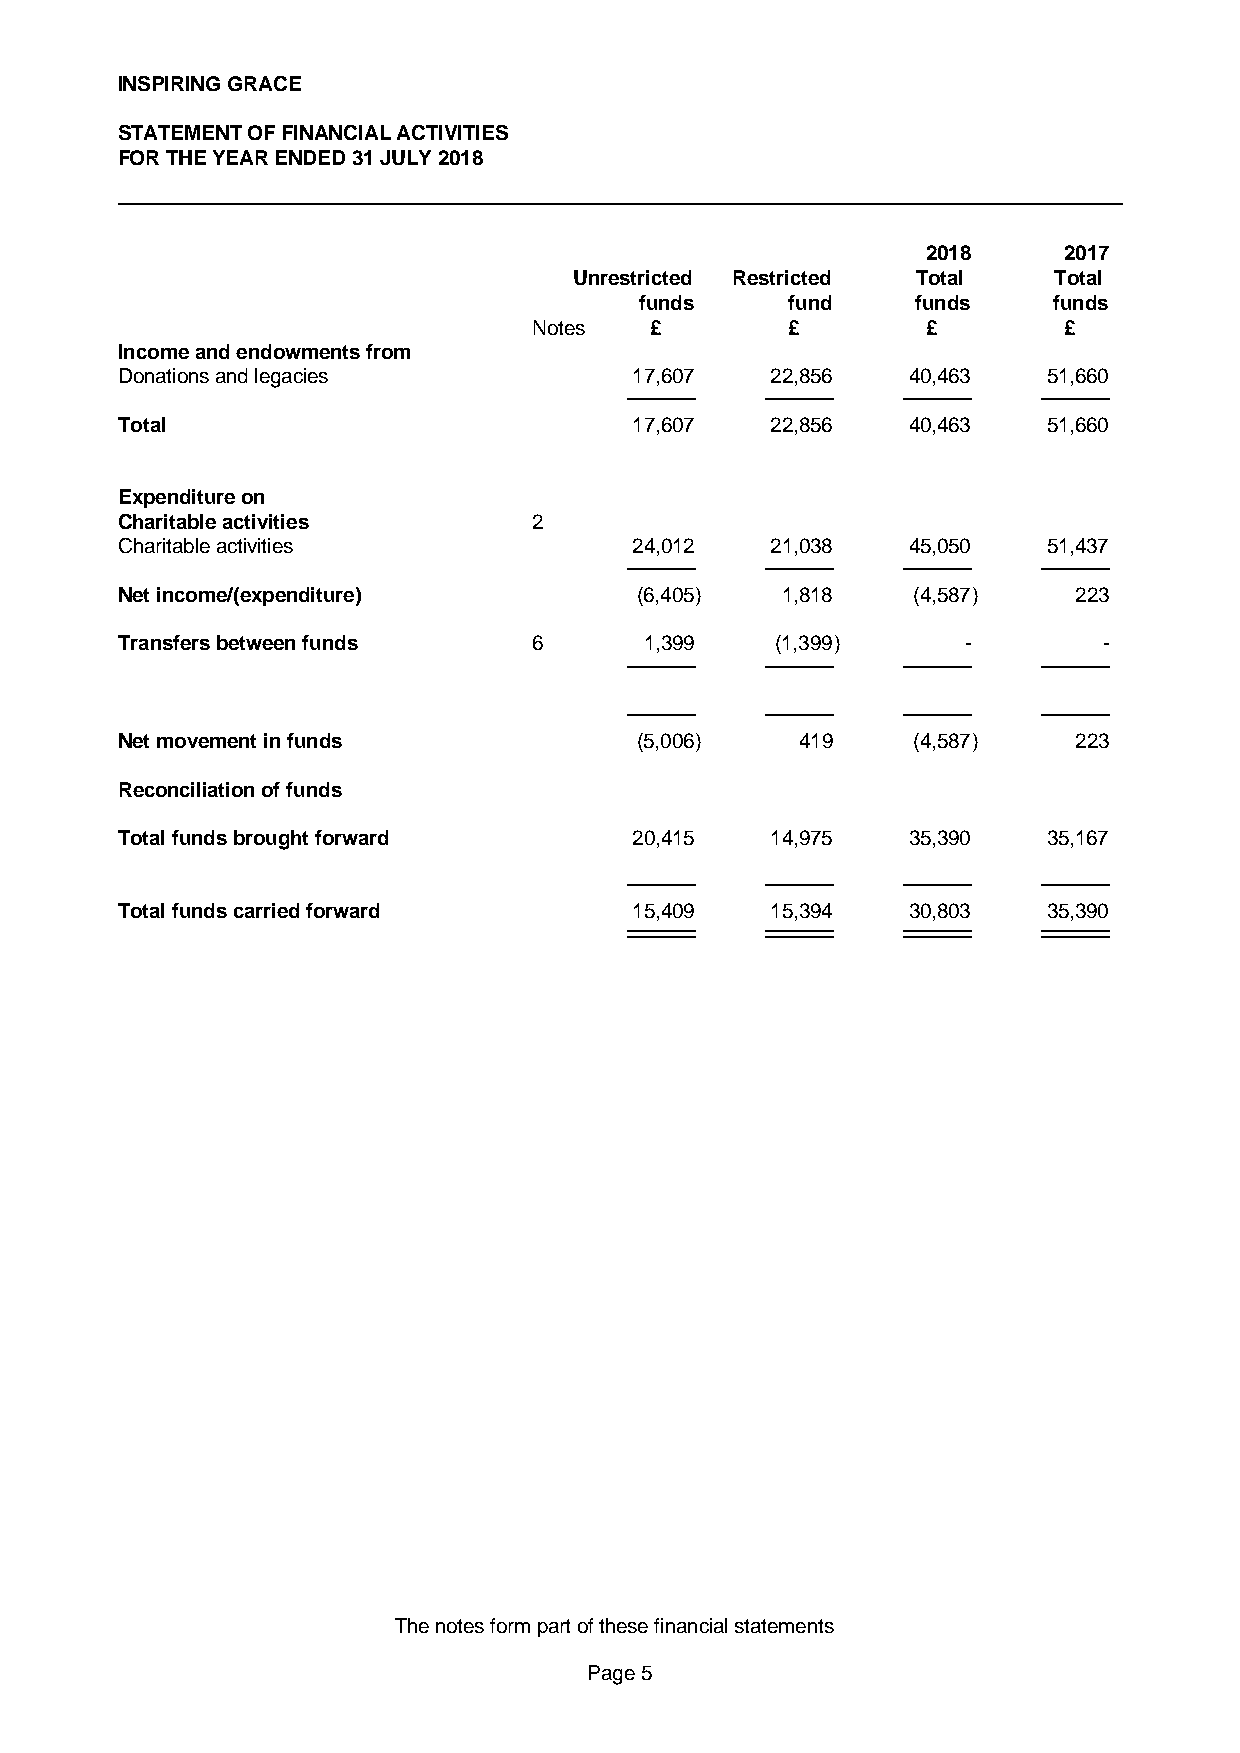
INSPIRING GRACE
 STATEMENT OF FINANCIAL ACTIVITIES
 FOR THE YEAR ENDED 31 JULY 2018
 2018     2017
 Unrestricted Restricted Total   Total
 funds     fund     funds    funds
 Notes   £        £        £        £
 Income and endowments from
 Donations and legacies            17,607   22,856   40,463   51,660
 Total                             17,607   22,856   40,463   51,660
 Expenditure on
 Charitable activities      2
 Charitable activities             24,012   21,038   45,050   51,437
 Net income/(expenditure)          (6,405)   1,818   (4,587)    223
 Transfers between funds    6       1,399   (1,399)      -        -
 Net movement in funds             (5,006)    419    (4,587)    223
 Reconciliation of funds
 Total funds brought forward       20,415   14,975   35,390   35,167
 Total funds carried forward       15,409   15,394   30,803   35,390
 The notes form part of these financial statements
 Page 5